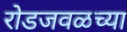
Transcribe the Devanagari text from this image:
रोडजवळच्या